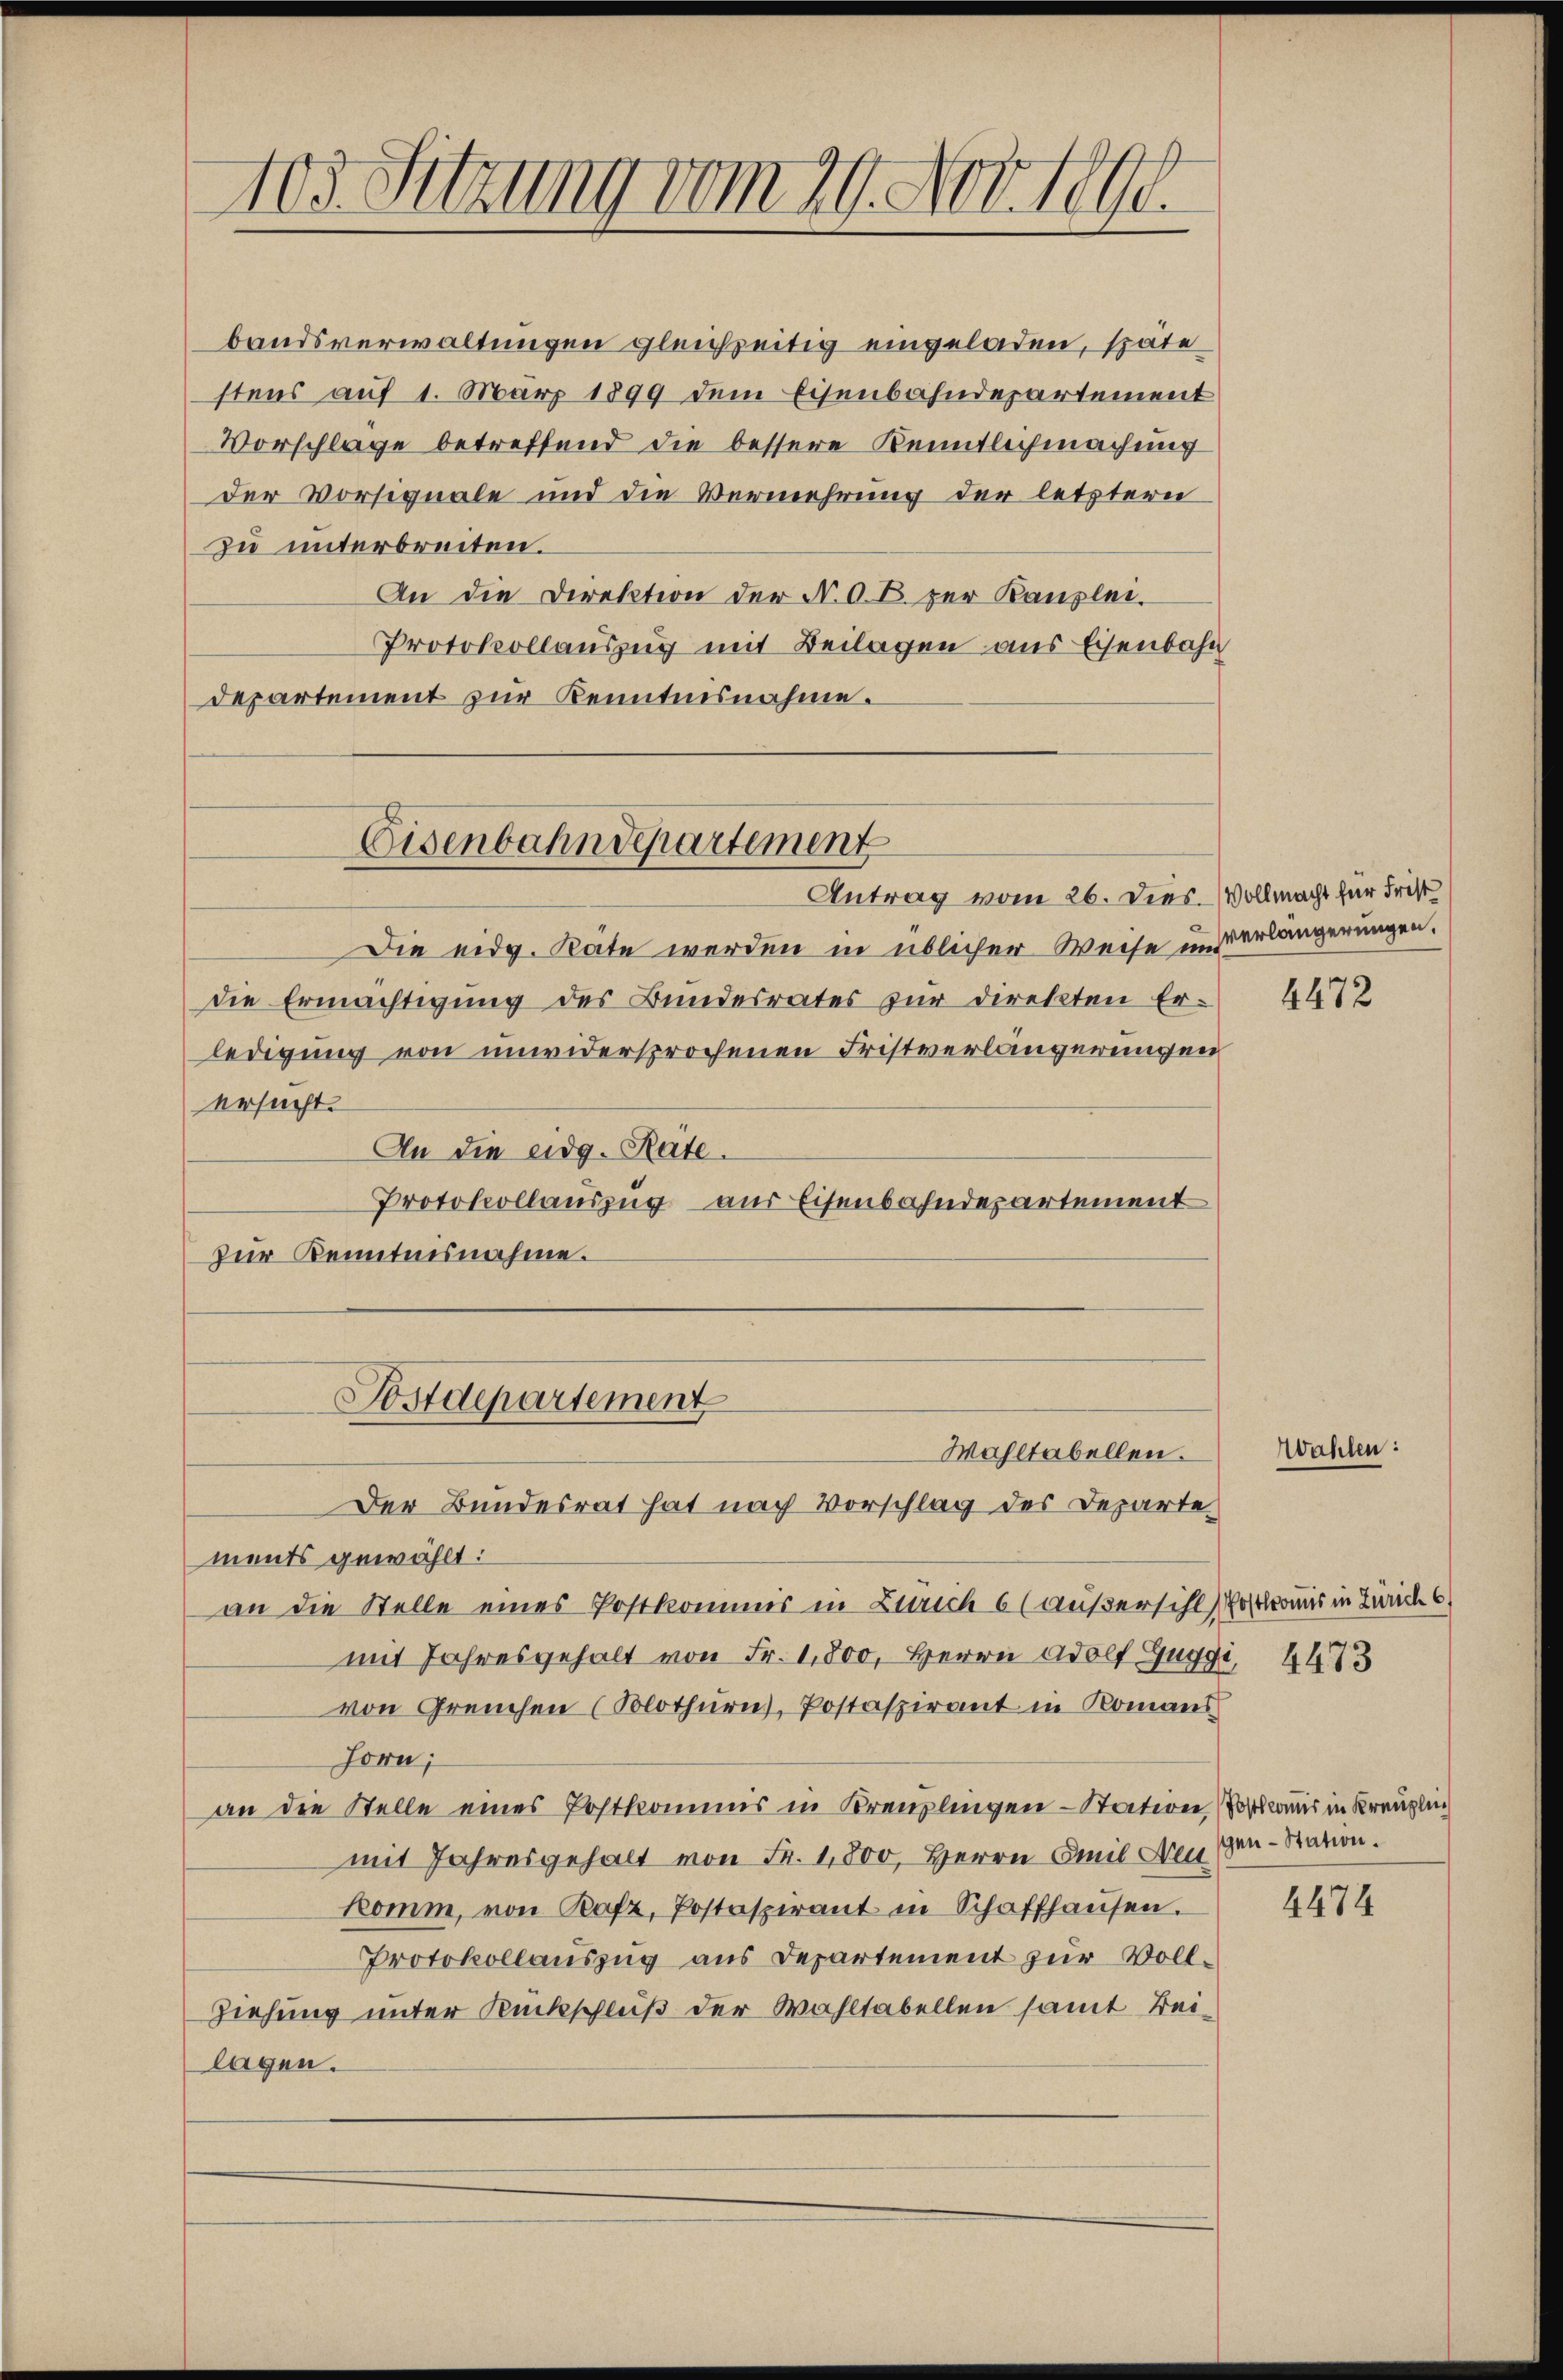
bandsverwaltungen gleichzeitig eingeladen, späte
stens auf 1. März 1899 dem Eisenbahndepartement
Vorschlage betreffend die bessere Kenntlichmachung
der Vorsignale und die Vermehrung der letztern
zu unterbreiten.
An die Direktion der N. O. B. zur Kanzlei.
Protokollauszug mit Beilagen aus Eisenbahn
departement zur Kenntnisnahme.

103. Sitzung vom 29. Nov. 1890.

Eisenbahndepartement
Antrag vom 26. Dies. (Vollmacht für Frist

Die eidg. Rate werden in üblicher Weise unerlängerungen.
die Ermächtigung des Bundesrates zur Direkten Er-
ledigung von unwidersprochenen Fristverlängerungen
ersucht.
An die eidg. Räte.
Protokollauszug aus Eisenbahndepartement
zur Kenntnisnahme.
ments gewählt:
an die Stelle eines Postkommis in Zürich 6 (außersihl Postkomis in Zürich 6
mit Jahresgehalt von Fr. 1,800, Herrn Adolf Guggi, 4473
von Greuchen (Solothurn, Postaspirant in Romans
Horn;
an die Stelle eines Postkommis in Kreuzlingen Station Vorkommis in Kreuzlich
mit Jahresgehalt von Fr. 1,800, Herrn Amil Neugen-Station.
komm, von Rafz, Postasperant in Schaffhausen.
Protokollauszug aus Departement zur Voll¬
Ziehung unter Rückschluß der Wahltabellen samt Beilagen.

Postdepartement
Wahltabellen.
Der Bundesrat hat nach Vorschlag des Departe

4472

Wahlen:

4474